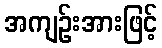
အကျဉ်းအားဖြင့်